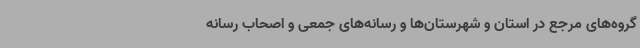
گروه‌های مرجع در استان و شهرستان‌ها و رسانه‌های جمعی و اصحاب رسانه